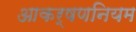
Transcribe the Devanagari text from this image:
आकर्षणनियम